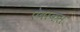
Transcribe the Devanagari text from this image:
ऐबाकस